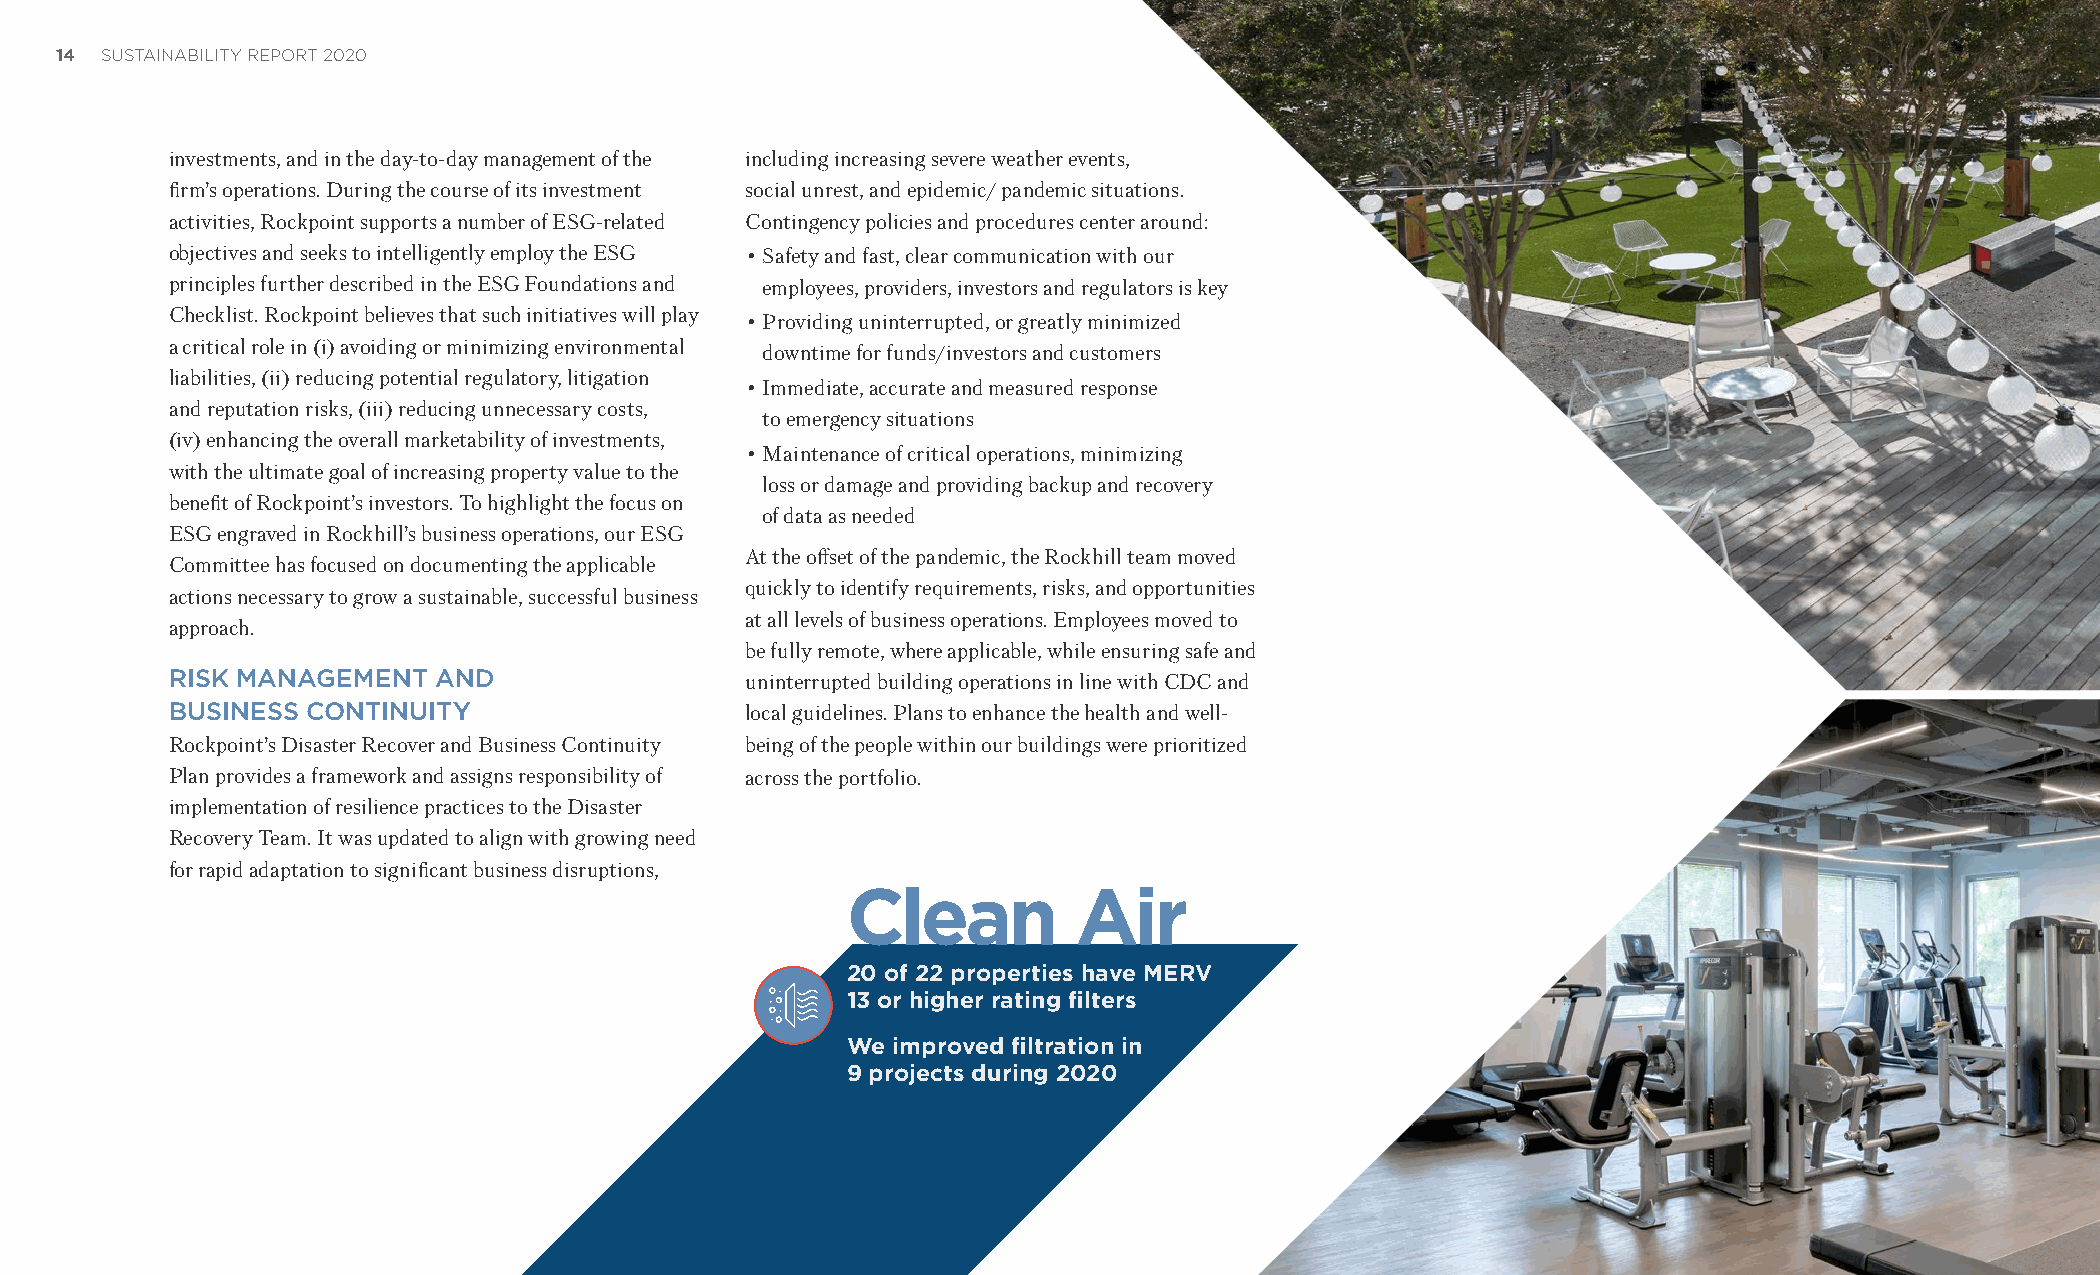
14 SUSTAINABILITY REPORT 2020
 investments, and in the day-to-day management of the including increasing severe weather events,
 firm’s operations. During the course of its investment social unrest, and epidemic/ pandemic situations.
 activities, Rockpoint supports a number of ESG-related Contingency policies and procedures center around:
 objectives and seeks to intelligently employ the ESG • Safety and fast, clear communication with our
 principles further described in the ESG Foundations and employees, providers, investors and regulators is key
 Checklist. Rockpoint believes that such initiatives will play
 • Providing uninterrupted, or greatly minimized
 a critical role in (i) avoiding or minimizing environmental
 downtime for funds/investors and customers
 liabilities, (ii) reducing potential regulatory, litigation
 • Immediate, accurate and measured response
 and reputation risks, (iii) reducing unnecessary costs,
 to emergency situations
 (iv) enhancing the overall marketability of investments,
 • Maintenance of critical operations, minimizing
 with the ultimate goal of increasing property value to the
 loss or damage and providing backup and recovery
 benefit of Rockpoint’s investors. To highlight the focus on
 of data as needed
 ESG engraved in Rockhill’s business operations, our ESG
 At the offset of the pandemic, the Rockhill team moved
 Committee has focused on documenting the applicable
 quickly to identify requirements, risks, and opportunities
 actions necessary to grow a sustainable, successful business
 at all levels of business operations. Employees moved to
 approach.
 be fully remote, where applicable, while ensuring safe and
 RISK MANAGEMENT   AND                 uninterrupted building operations in line with CDC and
 BUSINESS CONTINUITY                   local guidelines. Plans to enhance the health and well-
 Rockpoint’s Disaster Recover and Business Continuity being of the people within our buildings were prioritized
 Plan provides a framework and assigns responsibility of across the portfolio.
 implementation of resilience practices to the Disaster
 Recovery Team. It was updated to align with growing need
 for rapid adaptation to significant business disruptions,
 Clean          Air
 20 of 22 properties have MERV
 13 or higher rating filters
 We improved filtration in
 9 projects during 2020